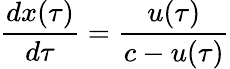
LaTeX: \frac{dx(\tau)}{d\tau}=\frac{u(\tau)}{c-u(\tau)}